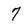
Character: 7